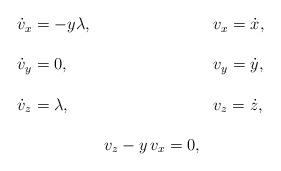
LaTeX: \begin{align*}\begin{array}{lcl}\dot v_x=-y\lambda, & &v_x=\dot x,\\\\\dot v_y=0, & &v_y=\dot y,\\\\\dot v_z=\lambda, & &v_z=\dot z,\\\\ &v_z-y\,v_x=0, & \end{array}\end{align*}